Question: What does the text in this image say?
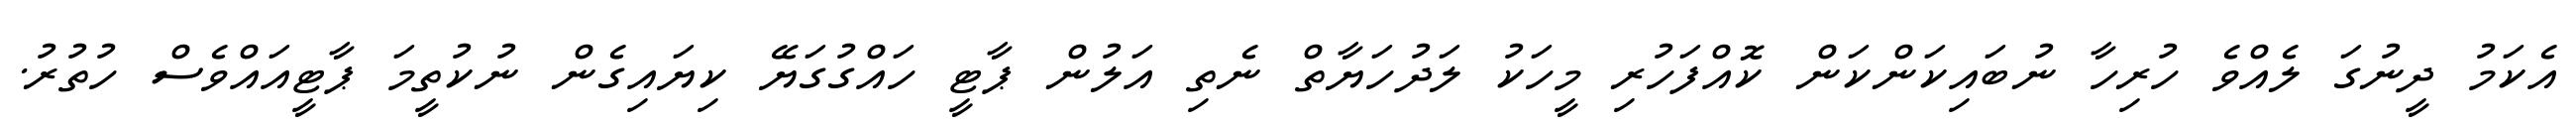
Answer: އެކަމު ދީނުގަ ލެއްވެ ހުރިހާ ނުބައިކަންކަން ކޮއްފަހުރި މީހަކު ލަދުހަޔާތް ނެތި އަލުން ޕާޓީ ހައްގުގަޔޭ ކިޔައިގެން ނުކުތީމަ ޕާޓީއައްވެސް ހުތުރު.